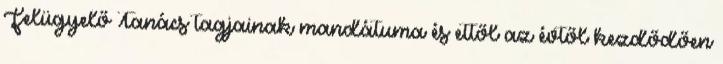
Felügyelő Tanács tagjainak mandátuma és ettől az évtől kezdődően